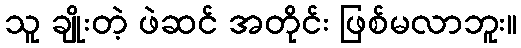
သူ ချိုးတဲ့ ဖဲဆင် အတိုင်း ဖြစ်မလာဘူး။